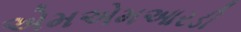
એમએમઆરડી